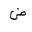
Letter: _dad